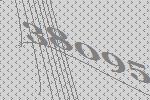
38095